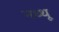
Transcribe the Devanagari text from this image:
नथ्थू